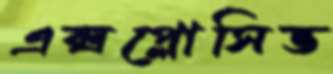
এক্সপ্লোসিভ